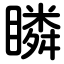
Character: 瞵